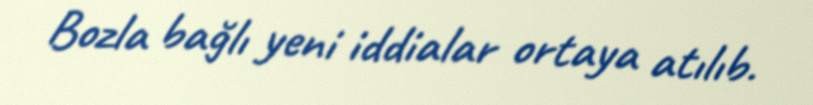
Bozla bağlı yeni iddialar ortaya atılıb.